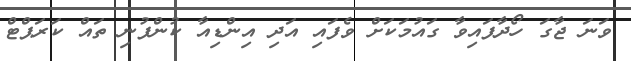
ވަނަ ޖާގަ ހޯދާފައިވާ ގައުމަކަށް ވެފައި އަދި އިންޑިއާ ކުންފުނި ތައް ކަރަޕްޓް